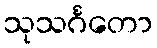
သုသင်္ဂတော